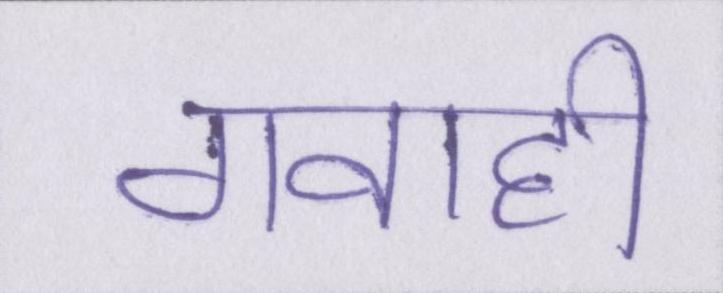
गवाही